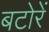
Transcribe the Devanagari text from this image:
बटोरें